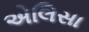
એલિસા